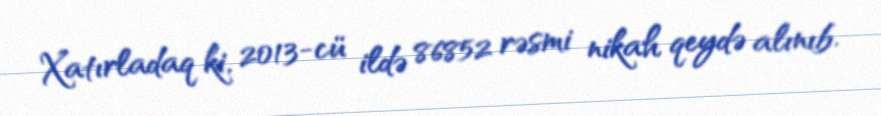
Xatırladaq ki, 2013-cü ildə 86852 rəsmi nikah qeydə alınıb.